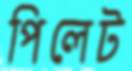
পিলেট